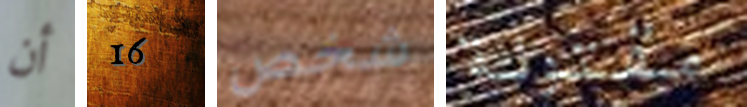
أن 16 شخص مقتولة